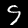
Digit: 9